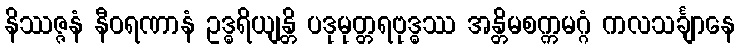
နိဿဇ္ဇနံ နီဝရဏာနံ ဥဒ္ဓရိယျန္တိ ပဒုမုတ္တရဗုဒ္ဓဿ အန္တိမစက္ကမဂ္ဂံ ကလသင်္ချာနေ